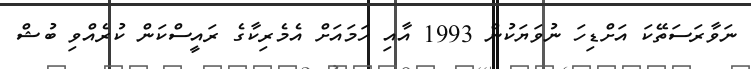
ނަވާރަސަތޭކަ އަށްޑިހަ ނުވަޔަކުން 1993 އާއި ހަމައަށް އެމެރިކާގެ ރައީސްކަން ކުރެއްވި ބުޝް